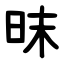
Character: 昩